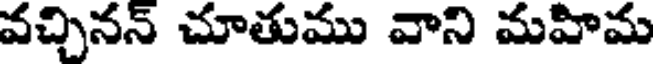
వచ్చినన్ చూతుము వాని మహిమ